Vaccination North-Western Provinces and Oudh 1878-1895 - 1878-1895
Year: 1878
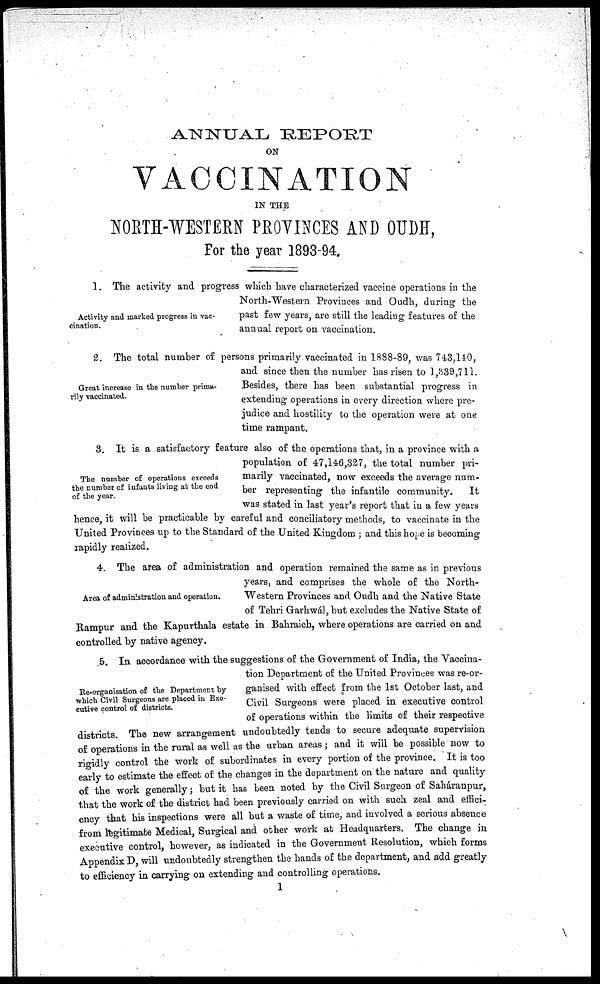
ANNUAL REPORT
ON
VACCINATION
IN THE
NORTH-WESTERN PROVINCES AND OUDH,
For the year 1893-94.
Activity and marked progress in vac-
cination.
1. The activity and progress which have characterized vaccine operations in the
North-Western Provinces and Oudh, during the
past few years, are still the leading features of the
annual report on vaccination.
Great increase in the number prima-
rily vaccinated.
2. The total number of persons primarily vaccinated in 1888-89, was 743,140,
and since then the number has risen to 1,839,711.
Besides, there has been substantial progress in
extending operations in every direction where pre-
judice and hostility to the operation were at one
time rampant.
The number of operations exceeds
the number of infants living at the end
of the year.
3. It is a satisfactory feature also of the operations that, in a province with a
population of 47,146,327, the total number pri-
marily vaccinated, now exceeds the average num-
ber representing the infantile community.
It
was stated in last year's report that in a few years
hence, it will be practicable by careful and conciliatory methods, to vaccinate in the
United Provinces up to the Standard of the United Kingdom ; and this hope is becoming
rapidly realized.
Area of administration and operation.
4. The area of administration and operation remained the same as in previous
years, and comprises the whole of the North-
Western Provinces and Oudh and the Native State
of Tehri Garhwál, but excludes the Native State of
Rampur and the Kapurthala estate in Bahraich, where operations are carried on and
controlled by native agency.
Re-organisation of the Department by
which Civil Surgeons are placed in Exe-
cutive control of districts.
5. In accordance with the suggestions of the Government of India, the Vaccina-
tion Department of the United Provinces was re-or-
ganised with effect from the 1st October last, and
Civil Surgeons were placed in executive control
of operations within the limits of their respective
districts. The new arrangement undoubtedly tends to secure adequate supervision
of operations in the rural as well as the urban areas ; and it will be possible now to
rigidly control the work of subordinates in every portion of the province. It is too
early to estimate the effect of the changes in the department on the nature and quality
of the work generally; but it has been noted by the Civil Surgeon of Saháranpur,
that the work of the district had been previously carried on with such zeal and effici-
ency that his inspections were all but a waste of time, and involved a serious absence
from legitimate Medical, Surgical and other work at Headquarters. The change in
executive control, however, as indicated in the Government Resolution, which forms
Appendix D, will undoubtedly strengthen the hands of the department, and add greatly
to efficiency in carrying on extending and controlling operations.
1